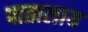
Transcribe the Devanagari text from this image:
पातालाय